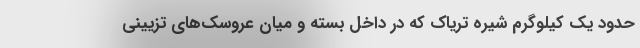
حدود یک کیلوگرم شیره تریاک که در داخل بسته و میان عروسک‌های تزیینی